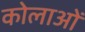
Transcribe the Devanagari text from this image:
कोलाओं